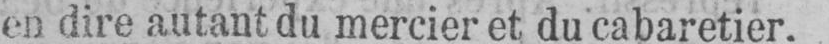
en dire autant du mercier et du cabaretier.